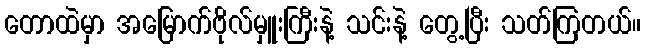
တောထဲမှာ အမြောက်ဗိုလ်မှူးကြီးနဲ့ သင်းနဲ့ တွေ့ပြီး သတ်ကြတယ်။